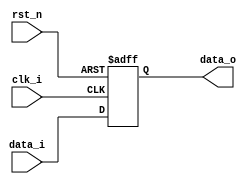
module Pipe_Reg (
  clk_i,
  rst_n,
  data_i,
  data_o
);

  parameter size = 64;

  //I/O ports
  input clk_i;
  input rst_n;
  input [size-1:0] data_i;

  output [size-1:0] data_o;

  //Internal Signals
  reg [size-1:0] data_o;

  //Main function
  /*your code here*/
always @(negedge rst_n or posedge clk_i) begin
	if (~rst_n)
		data_o <= 0;
	else
		data_o <= data_i;
end

endmodule